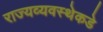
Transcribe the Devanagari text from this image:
राज्यव्यवस्थेकडे